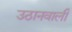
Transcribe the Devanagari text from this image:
उठानवाली